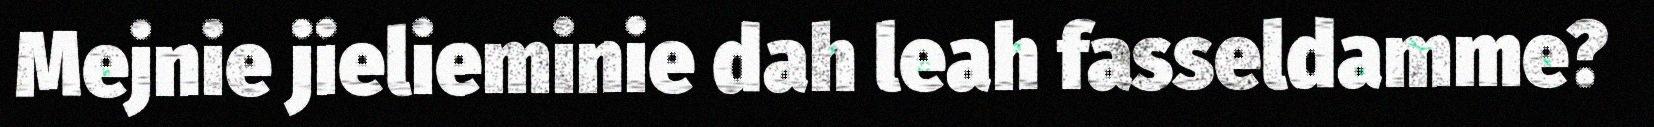
Mejnie jielieminie dah leah fasseldamme?